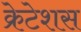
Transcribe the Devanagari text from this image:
क्रेटेशस